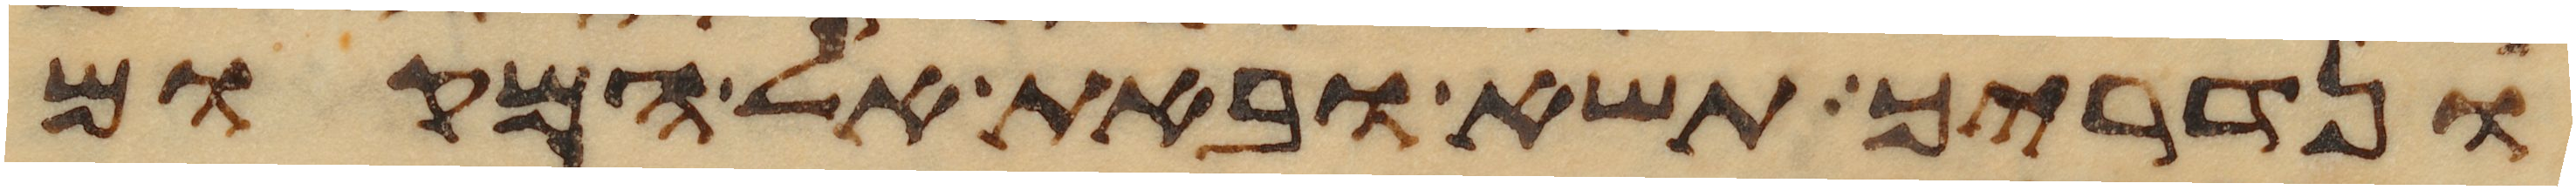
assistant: ונדריך תשא ובאת אל המקום